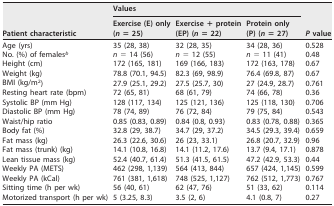
<table><thead><tr><td rowspan="2"><b>Patient characteristic</b></td><td colspan="3"><b>Values</b></td><td rowspan="2"><b><i>P</i> value</b></td></tr><tr><td><b>Exercise (E) only(<i>n</i> = 25)</b></td><td><b>Exercise + protein(EP) (<i>n</i> = 22)</b></td><td><b>Protein only (P) (<i>n</i> = 27)</b></td></tr></thead><tbody><tr><td>Age (yrs)</td><td>35 (28, 38)</td><td>32 (28, 35)</td><td>34 (28, 36)</td><td>0.528</td></tr><tr><td>No. (%) of females<sup>b</sup></td><td><i>n</i> = 14 (56)</td><td><i>n</i> = 12 (55)</td><td><i>n</i> = 11 (41)</td><td>0.48</td></tr><tr><td>Height (cm)</td><td>172 (165, 181)</td><td>169 (166, 183)</td><td>172 (163, 178)</td><td>0.67</td></tr><tr><td>Weight (kg)</td><td>78.8 (70.1, 94.5)</td><td>82.3 (69, 98.9)</td><td>76.4 (69.8, 87)</td><td>0.67</td></tr><tr><td>BMI (kg/m<sup>2</sup>)</td><td>27.9 (25.1, 29.2)</td><td>27.5 (25.7, 30)</td><td>27 (24.9, 28.7)</td><td>0.761</td></tr><tr><td>Resting heart rate (bpm)</td><td>72 (65, 81)</td><td>68 (61, 79)</td><td>74 (66, 78)</td><td>0.36</td></tr><tr><td>Systolic BP (mm Hg)</td><td>128 (117, 134)</td><td>125 (121, 136)</td><td>125 (118, 130)</td><td>0.706</td></tr><tr><td>Diastolic BP (mm Hg)</td><td>78 (74, 89)</td><td>76 (72, 84)</td><td>79 (75, 84)</td><td>0.543</td></tr><tr><td>Waist/hip ratio</td><td>0.85 (0.83, 0.89)</td><td>0.84 (0.8, 0.93)</td><td>0.83 (0.78, 0.88)</td><td>0.365</td></tr><tr><td>Body fat (%)</td><td>32.8 (29, 38.7)</td><td>34.7 (29, 37.2)</td><td>34.5 (29.3, 39.4)</td><td>0.659</td></tr><tr><td>Fat mass (kg)</td><td>26.3 (22.6, 30.6)</td><td>26 (23, 33.1)</td><td>26.8 (20.7, 32.9)</td><td>0.96</td></tr><tr><td>Fat mass (trunk) (kg)</td><td>14.1 (10.8, 16.8)</td><td>14.1 (11.2, 17.6)</td><td>13.7 (9.4, 17.1)</td><td>0.878</td></tr><tr><td>Lean tissue mass (kg)</td><td>52.4 (40.7, 61.4)</td><td>51.3 (41.5, 61.5)</td><td>47.2 (42.9, 53.3)</td><td>0.44</td></tr><tr><td>Weekly PA (METS)</td><td>462 (298, 1,139)</td><td>564 (413, 844)</td><td>657 (424, 1,145)</td><td>0.599</td></tr><tr><td>Weekly PA (kCal)</td><td>761 (381, 1,618)</td><td>748 (525, 1,127)</td><td>762 (512, 1,773)</td><td>0.767</td></tr><tr><td>Sitting time (h per wk)</td><td>56 (40, 61)</td><td>62 (47, 76)</td><td>51 (33, 62)</td><td>0.114</td></tr><tr><td>Motorized transport (h per wk)</td><td>5 (3.25, 8.3)</td><td>3.5 (2, 6)</td><td>4.1 (0.8, 7)</td><td>0.27</td></tr></tbody></table>